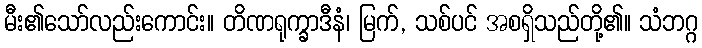
မီး၏သော်လည်းကောင်း။ တိဏရုက္ခာဒီနံ၊ မြက်, သစ်ပင် အစရှိသည်တို့၏။ သံဘဂ္ဂ